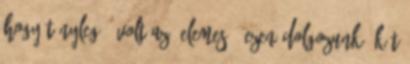
hogy tényleg ő volt az. elemes2: Ezen dolgozunk. Két